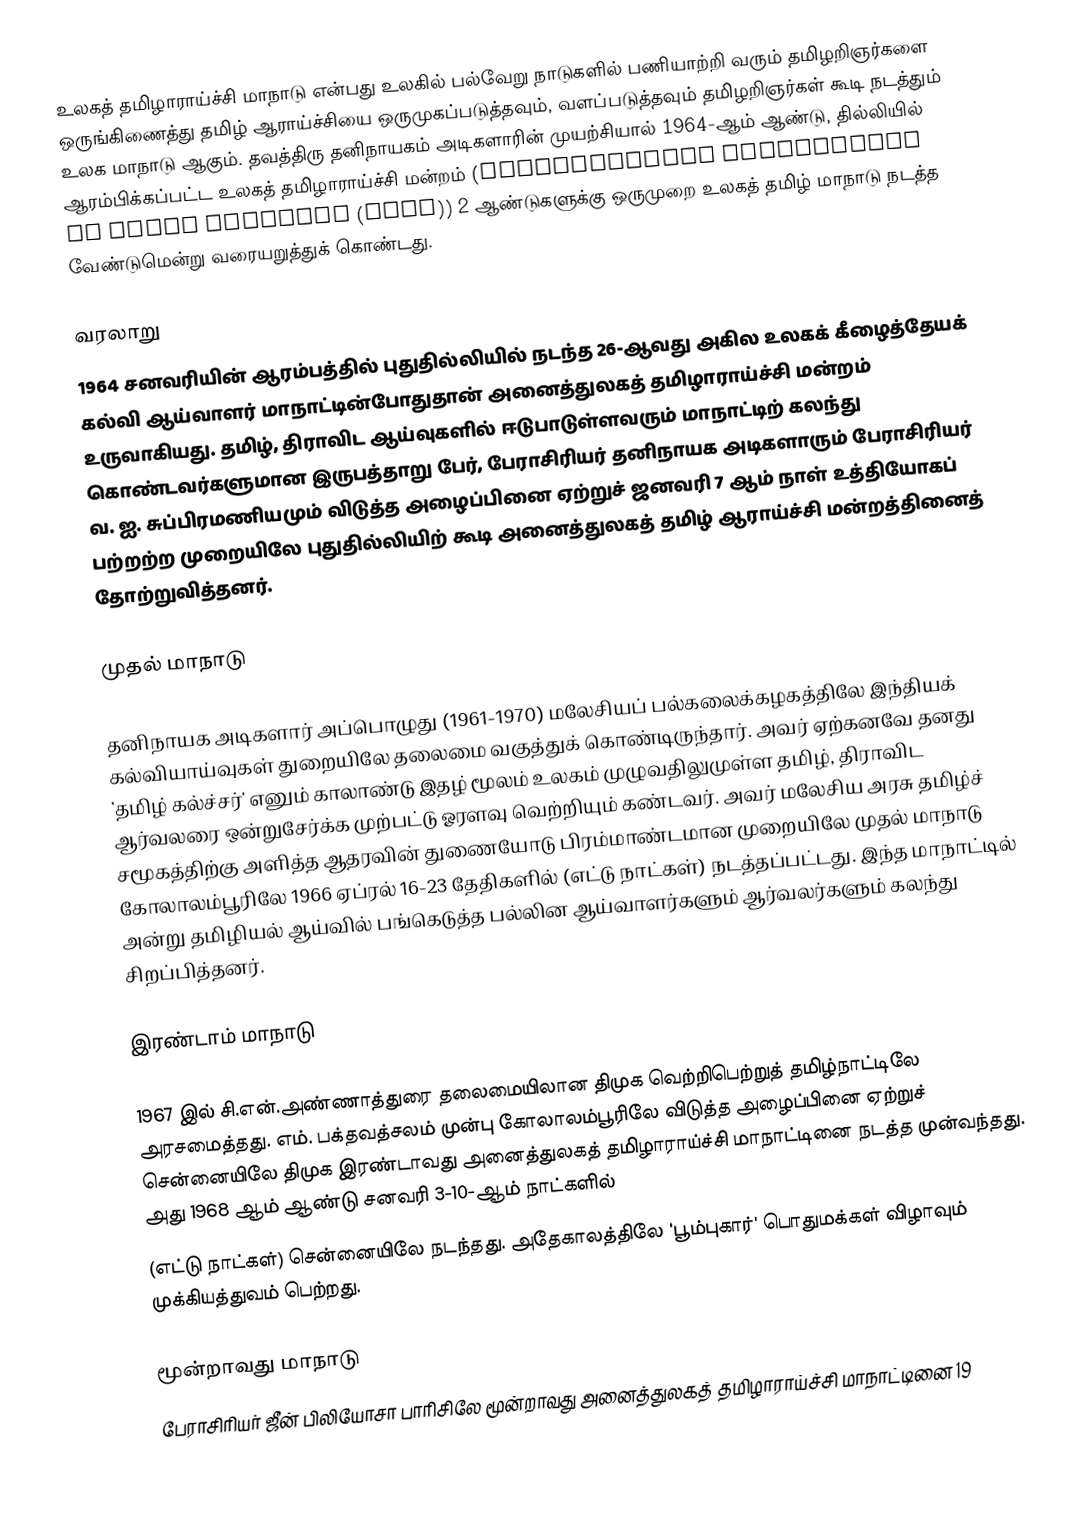
உலகத் தமிழாராய்ச்சி மாநாடு என்பது உலகில் பல்வேறு நாடுகளில் பணியாற்றி வரும் தமிழறிஞர்களை ஒருங்கிணைத்து தமிழ் ஆராய்ச்சியை ஒருமுகப்படுத்தவும், வளப்படுத்தவும் தமிழறிஞர்கள் கூடி நடத்தும் உலக மாநாடு ஆகும். தவத்திரு தனிநாயகம் அடிகளாரின் முயற்சியால் 1964-ஆம் ஆண்டு, தில்லியில் ஆரம்பிக்கப்பட்ட உலகத் தமிழாராய்ச்சி மன்றம் (International Association of Tamil Research (IATR)) 2 ஆண்டுகளுக்கு ஒருமுறை உலகத் தமிழ் மாநாடு நடத்த வேண்டுமென்று வரையறுத்துக் கொண்டது.

வரலாறு
1964 சனவரியின் ஆரம்பத்தில் புதுதில்லியில் நடந்த 26-ஆவது அகில உலகக் கீழைத்தேயக் கல்வி ஆய்வாளர் மாநாட்டின்போதுதான் அனைத்துலகத் தமிழாராய்ச்சி மன்றம் உருவாகியது. தமிழ், திராவிட ஆய்வுகளில் ஈடுபாடுள்ளவரும் மாநாட்டிற் கலந்து கொண்டவர்களுமான இருபத்தாறு பேர், பேராசிரியர் தனிநாயக அடிகளாரும் பேராசிரியர் வ. ஐ. சுப்பிரமணியமும் விடுத்த அழைப்பினை ஏற்றுச் ஜனவரி 7 ஆம் நாள் உத்தியோகப் பற்றற்ற முறையிலே புதுதில்லியிற் கூடி அனைத்துலகத் தமிழ் ஆராய்ச்சி மன்றத்தினைத் தோற்றுவித்தனர்.

முதல் மாநாடு

தனிநாயக அடிகளார் அப்பொழுது (1961-1970) மலேசியப் பல்கலைக்கழகத்திலே இந்தியக் கல்வியாய்வுகள் துறையிலே தலைமை வகுத்துக் கொண்டிருந்தார். அவர் ஏற்கனவே தனது 'தமிழ் கல்ச்சர்' எனும் காலாண்டு இதழ் மூலம் உலகம் முழுவதிலுமுள்ள தமிழ், திராவிட ஆர்வலரை ஒன்றுசேர்க்க முற்பட்டு ஓரளவு வெற்றியும் கண்டவர். அவர் மலேசிய அரசு தமிழ்ச் சமூகத்திற்கு அளித்த ஆதரவின் துணையோடு பிரம்மாண்டமான முறையிலே முதல் மாநாடு கோலாலம்பூரிலே 1966 ஏப்ரல் 16-23 தேதிகளில் (எட்டு நாட்கள்) நடத்தப்பட்டது. இந்த மாநாட்டில் அன்று தமிழியல் ஆய்வில் பங்கெடுத்த பல்லின ஆய்வாளர்களும் ஆர்வலர்களும் கலந்து சிறப்பித்தனர்.

இரண்டாம் மாநாடு

1967 இல் சி.என்.அண்ணாத்துரை தலைமையிலான திமுக வெற்றிபெற்றுத் தமிழ்நாட்டிலே அரசமைத்தது. எம். பக்தவத்சலம் முன்பு கோலாலம்பூரிலே விடுத்த அழைப்பினை ஏற்றுச் சென்னையிலே திமுக இரண்டாவது அனைத்துலகத் தமிழாராய்ச்சி மாநாட்டினை நடத்த முன்வந்தது. அது 1968 ஆம் ஆண்டு சனவரி 3-10-ஆம் நாட்களில்
(எட்டு நாட்கள்) சென்னையிலே நடந்தது. அதேகாலத்திலே 'பூம்புகார்' பொதுமக்கள் விழாவும் முக்கியத்துவம் பெற்றது.

மூன்றாவது மாநாடு
பேராசிரியர் ஜீன் பிலியோசா பாரிசிலே மூன்றாவது அனைத்துலகத் தமிழாராய்ச்சி மாநாட்டினை 19